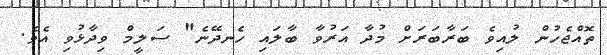
ތޮއްޖެހުން ލުއިވެ ބަރާބަރަށް މުދާ އަރުވާ ބާލައި ހެނދޭނެ" ސަލީމް ވިދާޅުވި އެވެ.